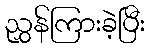
ညွှန်ကြားခဲ့ပြီး